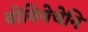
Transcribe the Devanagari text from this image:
वोवियेचेनि